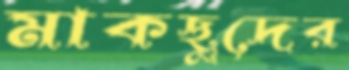
মাকছুদের